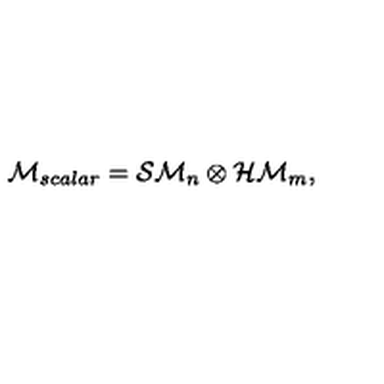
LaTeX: { \cal M } _ { s c a l a r } = { \cal S M } _ { n } \otimes { \cal H M } _ { m } ,